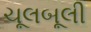
ચૂલબૂલી